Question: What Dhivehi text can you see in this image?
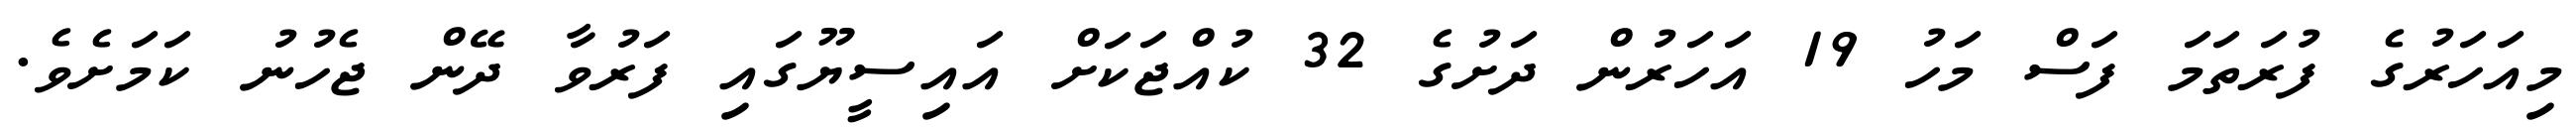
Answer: މިއަހަރުގެ ފުރަތަމަ ފަސް މަހު 19 އަހަރުން ދަށުގެ 32 ކުއްޖަކަށް އައިސީޔޫގައި ފަރުވާ ދޭން ޖެހުނު ކަމަށެވެ.